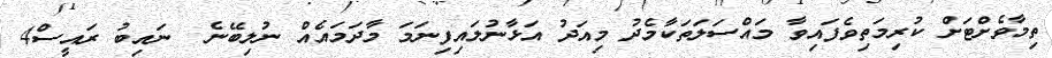
ތިމާވެށްޓަށް ކުރިމަތިވެފައިވާ މައްސަލަތަކާމެދު މިއަދު އަޅާނުލައިފިނަމަ މާދަމައެއް ނުލިބޭނެ  ނައިބު ރައީސް4